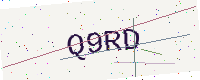
Text: Q9RD